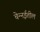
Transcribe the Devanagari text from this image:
चेन्‍नईतील